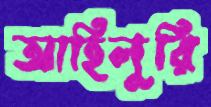
আহিলুরি